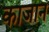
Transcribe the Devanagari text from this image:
काजान